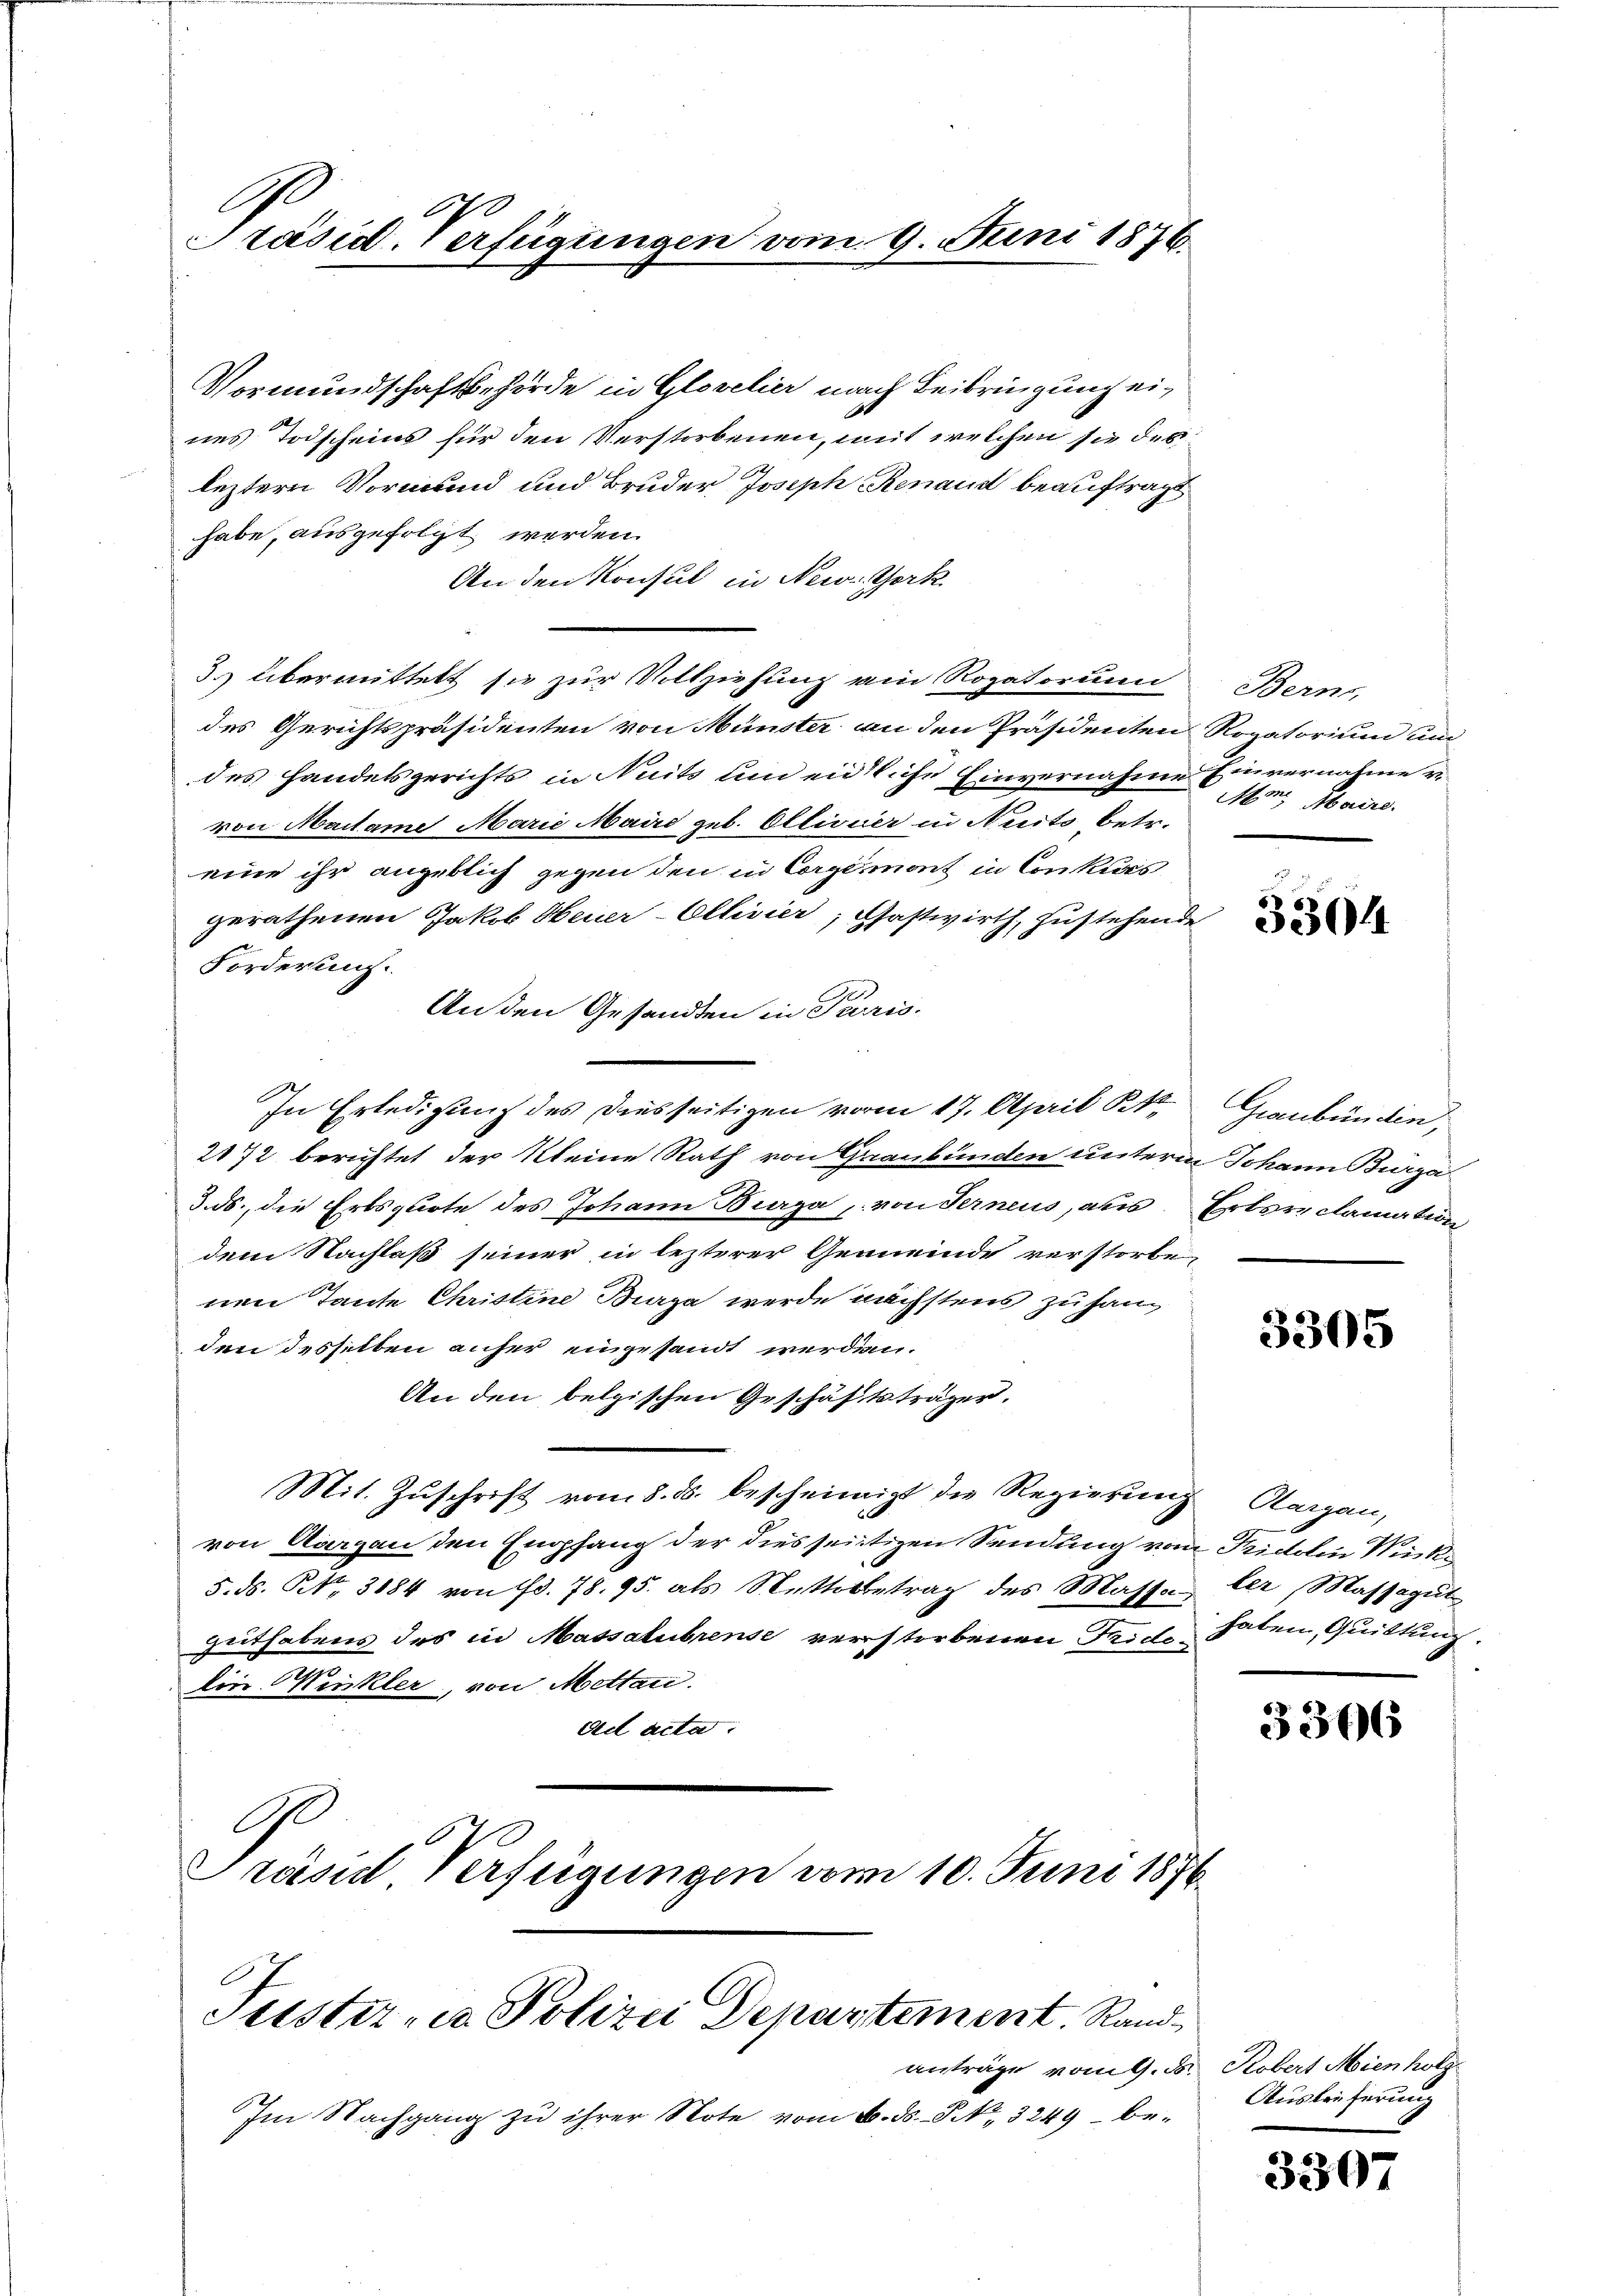
l
Präsid. Verfügungen vom 9. Juni 1876.

Vormundschaftsbehörde in Glovelier nach Beibringung eines Todscheins für den Verstorbenen, mit welchen sie des
leztere Vormund und Bruder Joseph Renau beauftragt
habe, ausgefolgt werden.
An den Konsul in New York
3) übermittelt sie zur Vollziehung ein Rogatorum Bern,
des Gerichtspräsidenten von Münster an den Präsidenten Rogatorium und
des Handelsgerichts in Nuits und eidliche Einvernahme Einvernahme u.
von Maitame Marie Maire geb. Oltivier in Nuito betr.
eine ihr angeblich gegen den in Corge mont in Conkurs
gerathenen Jakob Heuer-Ollisier, Pfastwirth, zustehende
Forderung.
An den Gesandten in Paris.
In Erledigung des Diesseitigen vorm 17. April Kt. Graubünden,
2172 berichtet der Kleine Rath von Graubünden unterm Johann Burza
3. ds., die Erbsquote des Johann Bierga, von Ferneus, aus Erbsreclamation
dem Nachlaß seiner in lezterer Gemeinde verstorbe-
nen Tante Christine Biga werde nächstens zu hang
den desselben anher eingesandt werden.
An den belgischen Geschäftsträger.
Mit Zuschrift vom 8. ds. bescheinigt die Regierung Aargau,
von Aargau den Empfang der dies seitigen Sendung von Fridolin Rück¬
5. ds. N. 3884 von fr. 78. 95. als Nettobetrag des Masse ler, Massagut
guthabens des in Massalubrense verstorbenen Reichshaten, Quittung
Ein Winkler, von Mettar.
ad acta.
C
Präsid Verfügungen vom 10. Juni 1876.

Tuster- u Polizei Departement. Rand¬

Im Nachgang zu ihrer Note vom 6. ds. S. 3249 be-

Mm. Maire.

3304

3305

3366

anträge vom 9. d. Robert Mienholz
Austreferung

3307